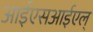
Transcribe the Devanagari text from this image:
आईएसआईएल्